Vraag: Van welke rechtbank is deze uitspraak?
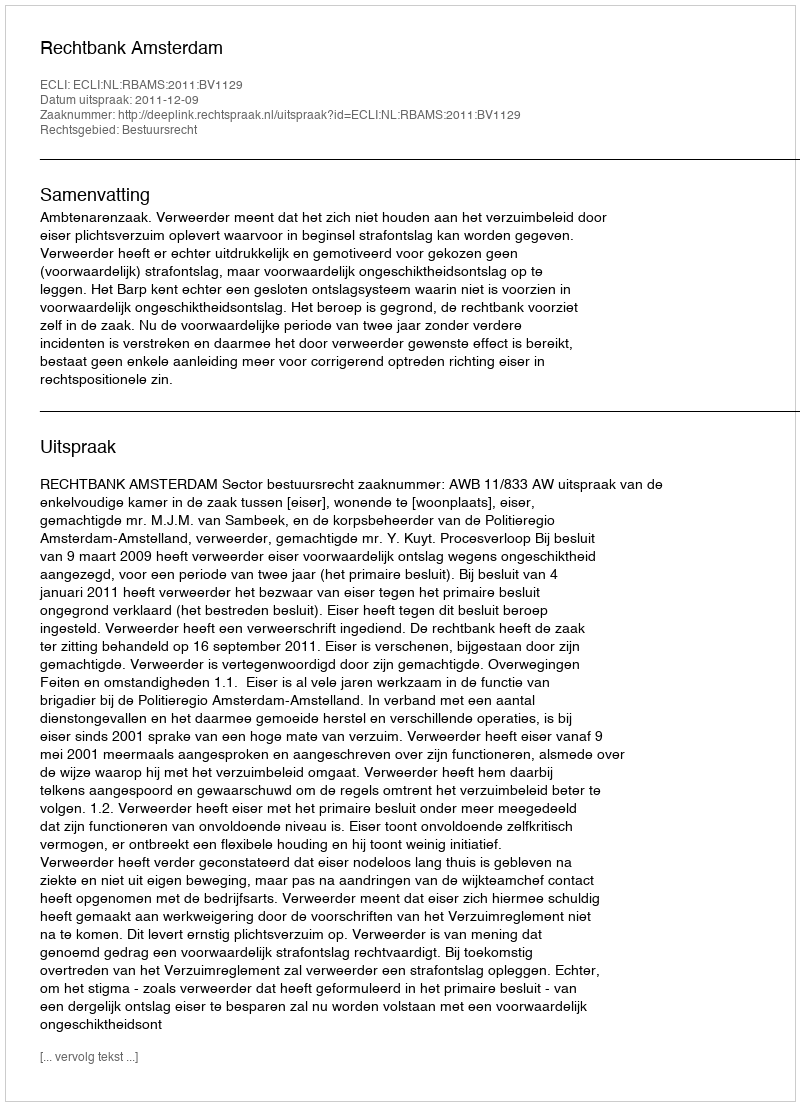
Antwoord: Rechtbank Amsterdam